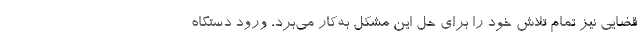
قضایی نیز تمام تلاش خود را برای حل این مشکل به‌کار می‌برد، ورود دستگاه